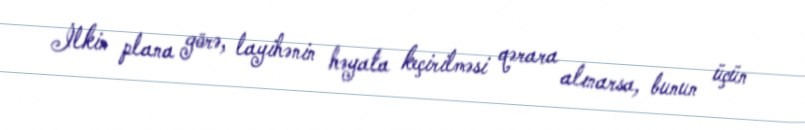
İlkin plana görə, layihənin həyata keçirilməsi qərara alınarsa, bunun üçün